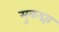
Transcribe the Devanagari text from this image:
मुकद्मा